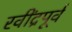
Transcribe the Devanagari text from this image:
रवींद्रपूर्व